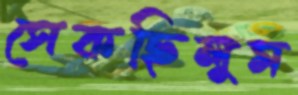
সেকছিলুম